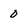
Character: 0